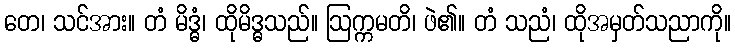
တေ၊ သင်အား။ တံ မိဒ္ဓံ၊ ထိုမိဒ္ဓသည်။ ဩက္ကမတိ၊ ဖဲ၏။ တံ သညံ၊ ထိုအမှတ်သညာကို။